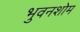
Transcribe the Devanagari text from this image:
भुवनशोम